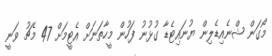
މޯގަން ޝްނެއިޑެލިން ޔުނައިޓެޑާ ގުޅުނު ފަހުން މީހާތަނަށް އެޓީމަށް 47 މެޗު ވަނީ